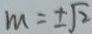
m = \pm \sqrt { 2 }